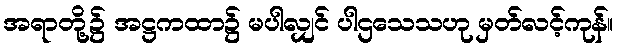
အရာတို့၌ အဋ္ဌကထာ၌ မပါလျှင် ပါဌသေသဟု မှတ်လင့်ကုန်။